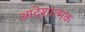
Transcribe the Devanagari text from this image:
आदेशात्‍मक